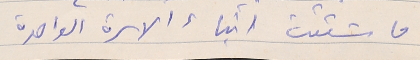
ماشتتت ابناء الاسرة الواحدة